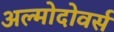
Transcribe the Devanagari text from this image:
अल्मोदोवर्स